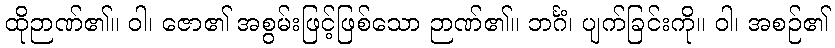
ထိုဉာဏ်၏။ ဝါ၊ ဇော၏ အစွမ်းဖြင့်ဖြစ်သော ဉာဏ်၏။ ဘင်္ဂံ၊ ပျက်ခြင်းကို။ ဝါ၊ အစဉ်၏